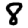
Digit: 8